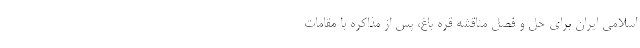
اسلامی ایران برای حل و فصل مناقشه قره باغ، پس از مذاکره با مقامات